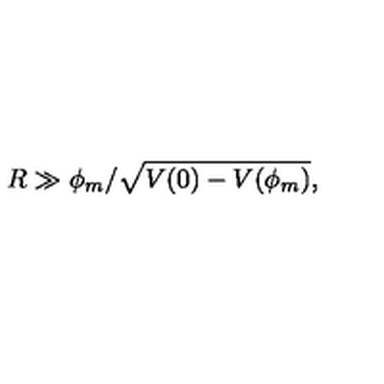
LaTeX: R \gg \phi _ { m } / \sqrt { V ( 0 ) - V ( \phi _ { m } ) } ,